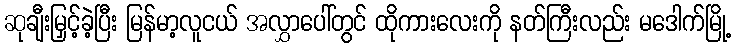
ဆုချီးမြှင့်ခဲ့ပြီး မြန်မာ့လူငယ် အလွှာပေါ်တွင် ထိုကားလေးကို နတ်ကြီးလည်း မဒေါက်မြို့